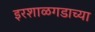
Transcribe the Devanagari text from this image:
इरशाळगडाच्या